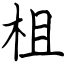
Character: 柤